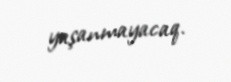
yaşanmayacaq.